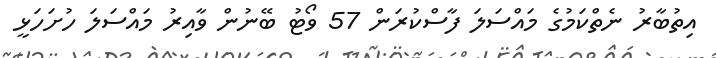
އިތުބާރު ނެތްކަމުގެ މައްސަލަ ފާސްކުރަން 57 ވޯޓު ބޭނުން ވާއިރު މައްސަލަ ހުށަހަޅީ